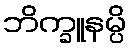
ဘိက္ခူနမ္ပိ